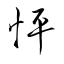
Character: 怦